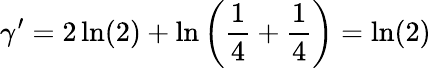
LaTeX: \gamma^{\prime}=2\ln(2)+\ln\left(\frac{1}{4}+\frac{1}{4}\right)=\ln(2)